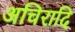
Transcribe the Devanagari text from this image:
अचिरादि